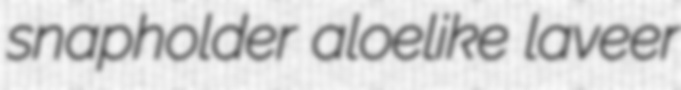
snapholder aloelike laveer